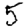
Digit: 5